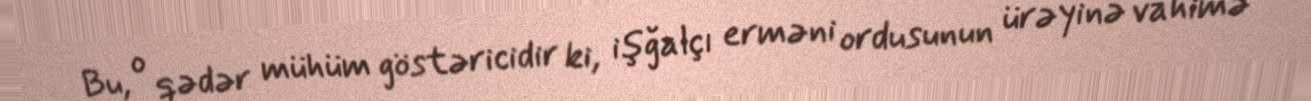
Bu, o qədər mühüm göstəricidir ki, işğalçı erməni ordusunun ürəyinə vahimə